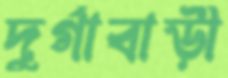
দুর্গাবাড়ী